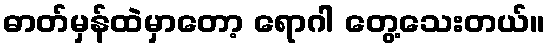
ဓာတ်မှန်ထဲမှာတော့ ရောဂါ တွေ့သေးတယ်။